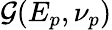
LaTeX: \mathcal{G}(E_{p},\nu_{p})